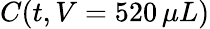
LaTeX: C(t,V=520\, \mu L)